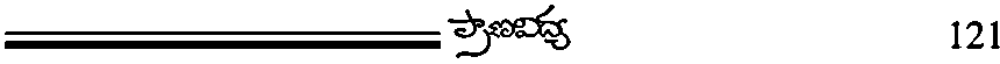
121